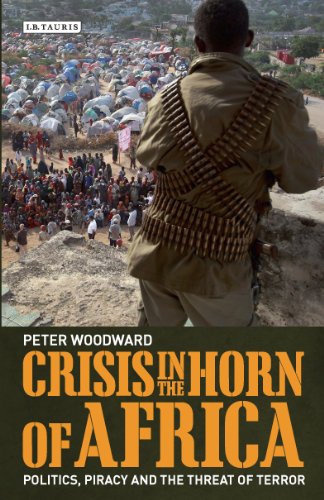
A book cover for Crisis In The Horn of Africa: Politics, Piracy and The Threat of Terror (International Library of African Studies); Peter Woodward; History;